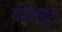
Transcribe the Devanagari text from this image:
कोशयुग